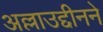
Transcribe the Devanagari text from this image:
अल्लाउद्दीनने